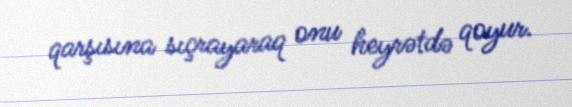
qarşısına sıçrayaraq onu heyrətdə qoyur.